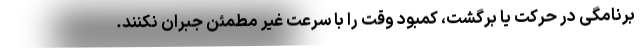
برنامگی در حرکت یا برگشت، کمبود وقت را با سرعت غیر مطمئن جبران نکنند.